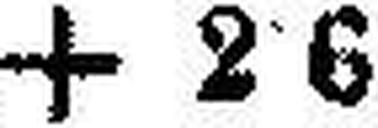
+ 2·6